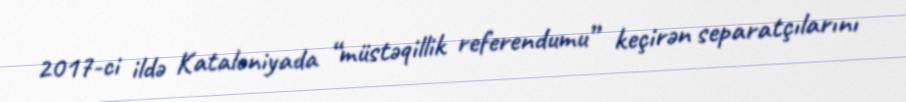
2017-ci ildə Kataloniyada “müstəqillik referendumu” keçirən separatçılarını